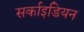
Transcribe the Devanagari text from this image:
सर्काइडियन